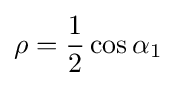
\rho ={\frac {1}{2}}\cos \alpha _{1}